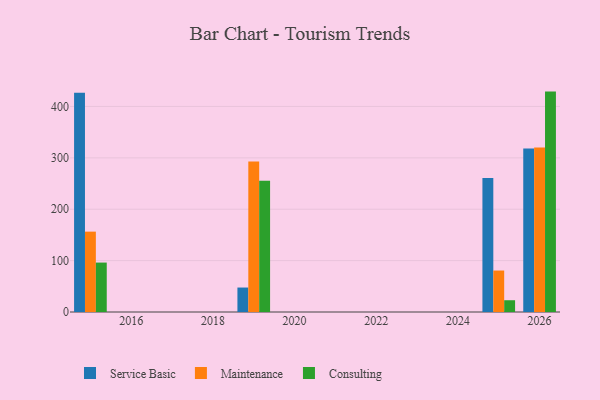
{"axis": {"x": "Year", "y": "Humidity (%)"}, "legend": ["Consulting", "Maintenance", "Service Basic"], "data": [{"x": "2026", "y": 318.1, "type": "Service Basic"}, {"x": "2026", "y": 320.0, "type": "Maintenance"}, {"x": "2026", "y": 428.9, "type": "Consulting"}, {"x": "2019", "y": 47.6, "type": "Service Basic"}, {"x": "2019", "y": 293.0, "type": "Maintenance"}, {"x": "2019", "y": 255.2, "type": "Consulting"}, {"x": "2025", "y": 261.0, "type": "Service Basic"}, {"x": "2025", "y": 80.7, "type": "Maintenance"}, {"x": "2025", "y": 22.9, "type": "Consulting"}, {"x": "2015", "y": 426.5, "type": "Service Basic"}, {"x": "2015", "y": 156.4, "type": "Maintenance"}, {"x": "2015", "y": 96.2, "type": "Consulting"}]}